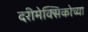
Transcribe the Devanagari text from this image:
दरीमेक्सिकोच्या